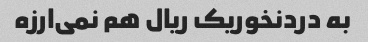
به دردنخوریک ریال هم نمی‌ارزه